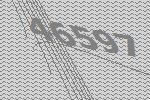
46597